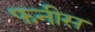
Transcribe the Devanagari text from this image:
फनीस